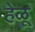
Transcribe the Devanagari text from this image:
हेळू